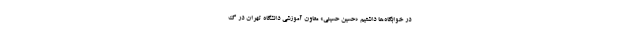
در خوابگاه‌ها داشتیم «حسین حسینی» معاون آموزشی دانشگاه تهران در گ